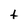
Character: t